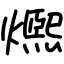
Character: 𤐤